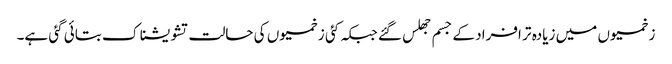
زخمیوں میں زیادہ تر افراد کے جسم جھلس گئے جبکہ کئی زخمیوں کی حالت تشویشناک بتائی گئی ہے۔